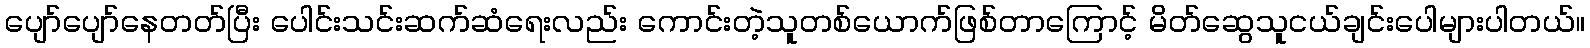
ပျော်ပျော်နေတတ်ပြီး ပေါင်းသင်းဆက်ဆံရေးလည်း ကောင်းတဲ့သူတစ်ယောက်ဖြစ်တာကြောင့် မိတ်ဆွေသူငယ်ချင်းပေါများပါတယ်။